On the importance of larval characters in the classification of mosquitoes - Number 25
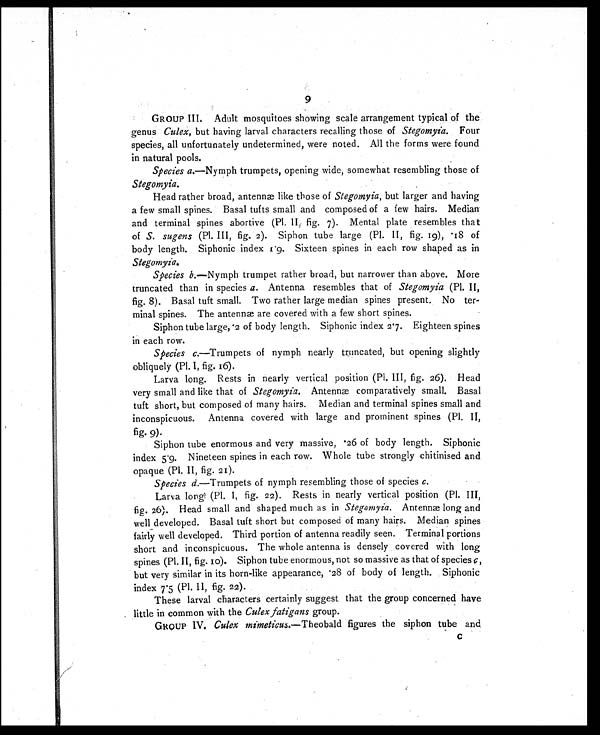
9
GROUP III. Adult mosquitoes showing scale arrangement typical of the
genus Culex, but having larval characters recalling those of Stegomyia. Four
species, all unfortunately undetermined, were noted. All the forms were found
in natural pools.
Species a.—Nymph trumpets, opening wide, somewhat resembling those of
Stegomyia.
Head rather broad, antennæ like those of Stegomyia, but larger and having
a few small spines. Basal tufts small and composed of a few hairs. Median
and terminal spines abortive (Pl. II, fig. 7). Mental plate resembles that
of S. sugens (Pl. III, fig. 2). Siphon tube large (Pl. II, fig. 19), 18 of
body length. Siphonic index 1.9. Sixteen spines in each row shaped as in
Stegomyia.
Species b. —Nymph trumpet rather broad, but narrower than above. More
truncated than in species a. Antenna resembles that of Stegomyia (Pl. II,
fig. 8). Basal tuft small. Two rather large median spines present. No ter-
minal spines. The antennæ are covered with a few short spines.
Siphon tube large, . 2 of body length. Siphonic index 2.7. Eighteen spines
in each row.
Species c.—Trumpets of nymph nearly truncated, but opening slightly
obliquely (Pl. I, fig. 16).
Larva long. Rests in nearly vertical position (Pl. III, fig. 26). Head
very small and like that of Stegomyia. Antennæ comparatively small. Basal
tuft short, but composed of many hairs. Median and terminal spines small and
inconspicuous. Antenna covered with large and prominent spines (Pl. II,
fig. 9).
Siphon tube enormous and very massive, .26 of body length. Siphonic
index 5.9. Nineteen spines in each row. Whole tube strongly chitinised and
opaque (Pl. II, fig. 21).
Species d. —Trumpets of nymph resembling those of species c.
Larva long (Pl. I, fig. 22). Rests in nearly vertical position (Pl. III,
fig. 26). Head small and shaped much as in Stegomyia. Antennæ long and
well developed. Basal tuft short but composed of many hairs. Median spines
fairly well developed. Third portion of antenna readily seen. Terminal portions
short and inconspicuous. The whole antenna is densely covered with long
spines (Pl. II, fig. 10). Siphon tube enormous, not so massive as that of species c,
but very similar in its horn-like appearance, .28 of body of length. Siphonic
index 7.5 (Pl. II, fig. 22).
These larval characters certainly suggest that the group concerned have
little in common with the Culex fatigans group.
GROUP IV. Culex mimeticus. —Theobald figures the siphon tube and
C